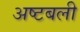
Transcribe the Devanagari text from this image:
अष्टबली